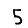
Digit: 5